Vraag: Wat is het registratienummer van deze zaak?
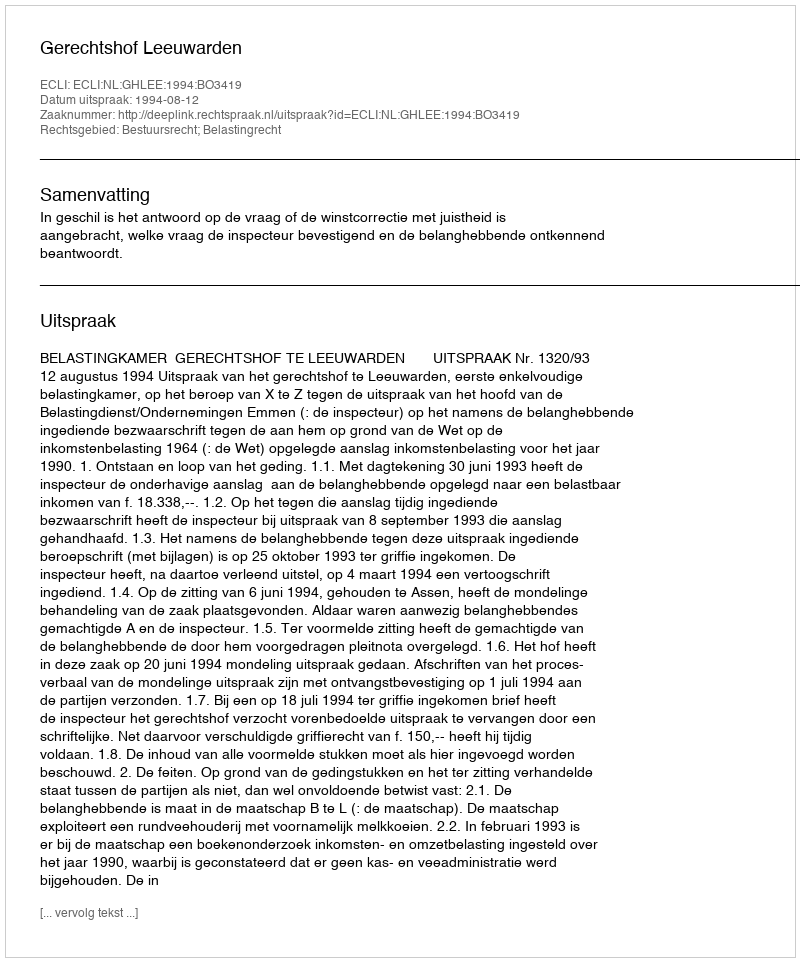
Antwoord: http://deeplink.rechtspraak.nl/uitspraak?id=ECLI:NL:GHLEE:1994:BO3419